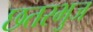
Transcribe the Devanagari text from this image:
छतरभुज